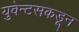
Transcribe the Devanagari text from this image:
युवेन्टसकडून